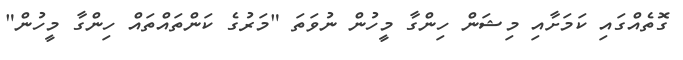
ގޮތެއްގައި ކަމަށާއި މިޝަން ހިންގާ މީހުން ނުވަތަ "މަރުގެ ކަންތައްތައް ހިންގާ މީހުން"